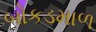
બોકડમાળ